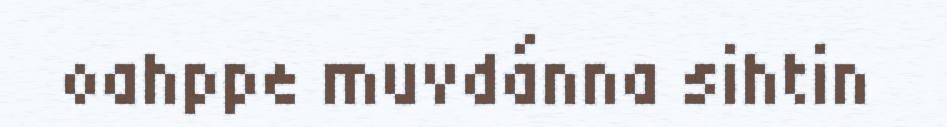
oahppe muvdánna sihtin